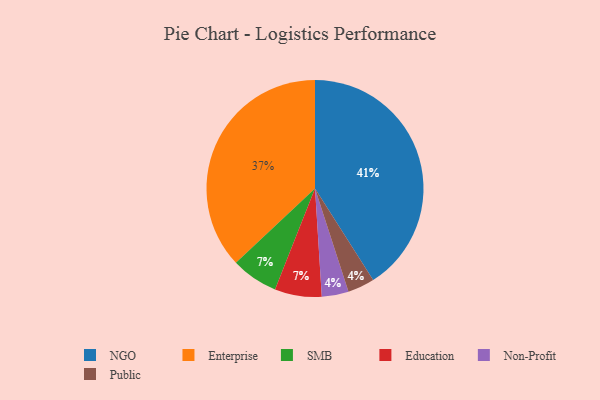
{"axis": {"x": "Category", "y": "Percentage"}, "legend": ["Education", "Enterprise", "NGO", "Non-Profit", "Public", "SMB"], "data": [{"x": "SMB", "y": 7, "type": "SMB"}, {"x": "Enterprise", "y": 37, "type": "Enterprise"}, {"x": "Non-Profit", "y": 4, "type": "Non-Profit"}, {"x": "NGO", "y": 41, "type": "NGO"}, {"x": "Public", "y": 4, "type": "Public"}, {"x": "Education", "y": 7, "type": "Education"}]}